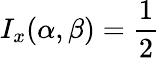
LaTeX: I_{x}(\alpha,\beta)={\frac{1}{2}}